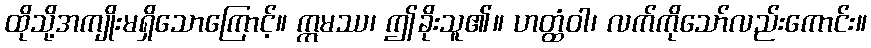
ထိုသို့အကျိုးမရှိသောကြောင့်။ ဣမဿ၊ ဤခိုးသူ၏။ ဟတ္ထံဝါ၊ လက်ကိုသော်လည်းကောင်း။